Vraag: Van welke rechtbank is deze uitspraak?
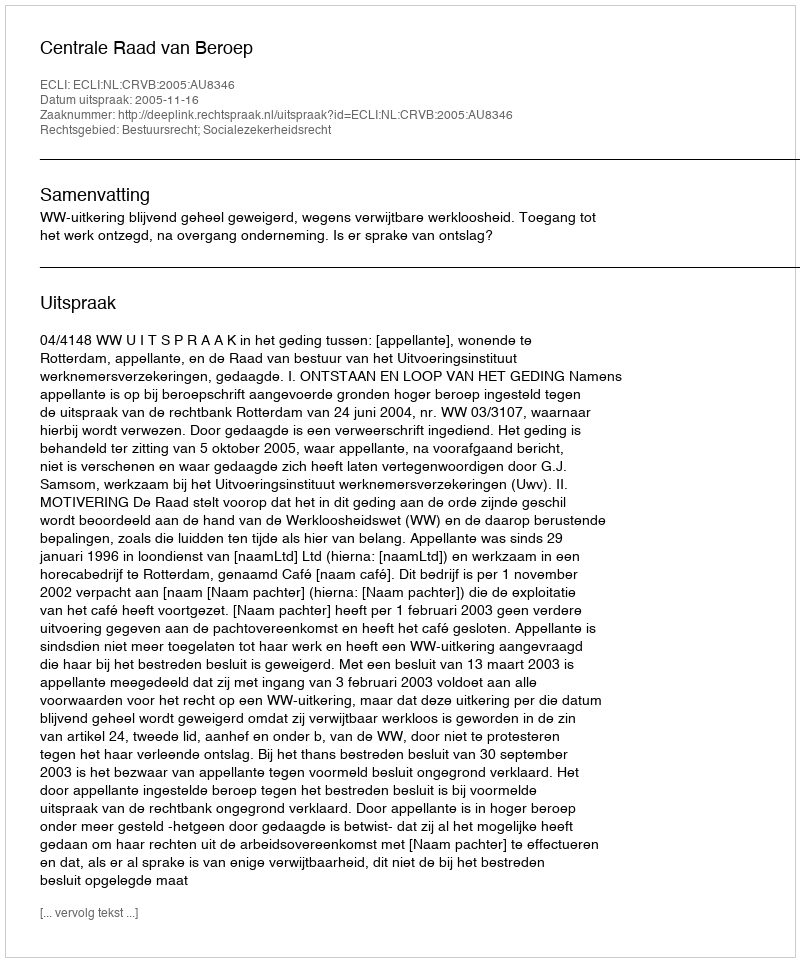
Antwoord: Centrale Raad van Beroep